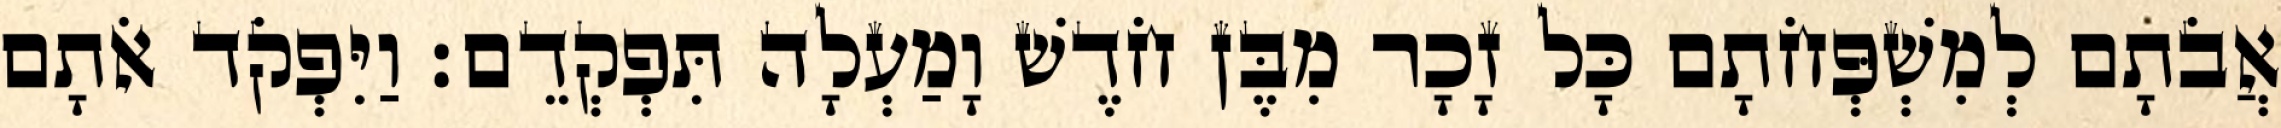
אֲבֹתָם לְמִשְׁפְּחֹתָם כָּל זָכָר מִבֶּן חֹדֶשׁ וָמַעְלָה תִּפְקְדֵם׃ וַיִּפְקֹד אֹתָם